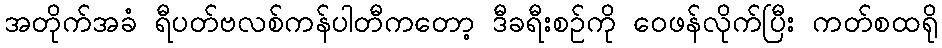
အတိုက်အခံ ရီပတ်ဗလစ်ကန်ပါတီကတော့ ဒီခရီးစဉ်ကို ဝေဖန်လိုက်ပြီး ကတ်စထရို